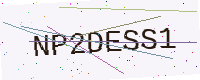
Text: NP2DESS1